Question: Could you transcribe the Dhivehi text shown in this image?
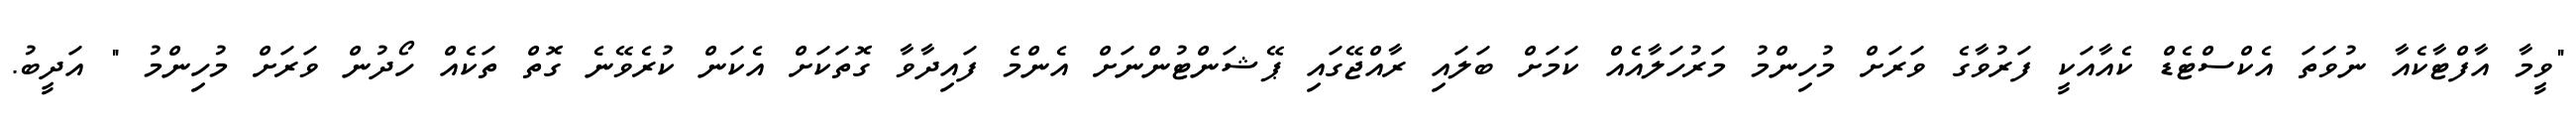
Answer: "ވީމާ އާފްޓާކެއާ ނުވަތަ އެކްސްޓެޑް ކެއާއަކީ ފަރުވާގެ ވަރަށް މުހިންމު މަރުހަލާއެއް ކަމަށް ބަލައި ރާއްޖޭގައި ޕޭޝަންޓުންނަށް އެންމެ ފައިދާވާ ގޮތަކަށް އެކަން ކުރެވޭނެ ގޮތް ތަކެއް ހޯދުން ވަރަށް މުހިންމު " އަދީބު.